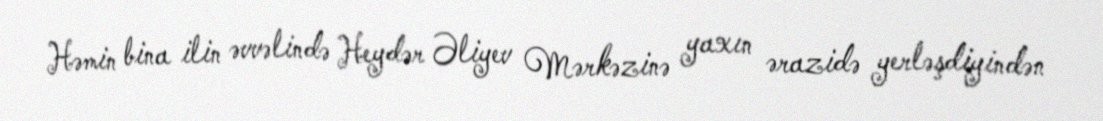
Həmin bina ilin əvvəlində Heydər Əliyev Mərkəzinə yaxın ərazidə yerləşdiyindən